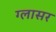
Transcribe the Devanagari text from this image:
ग्लासर